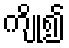
ကျို၍